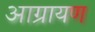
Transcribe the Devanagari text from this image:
आग्रायण